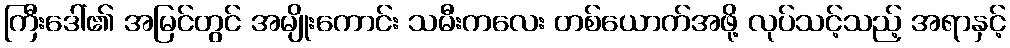
ကြီးဒေါ်၏ အမြင်တွင် အမျိုးကောင်း သမီးကလေး တစ်ယောက်အဖို့ လုပ်သင့်သည့် အရာနှင့်